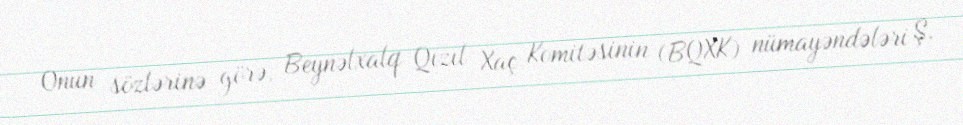
Onun sözlərinə görə, Beynəlxalq Qızıl Xaç Komitəsinin (BQXK) nümayəndələri Ş.